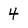
Character: 4